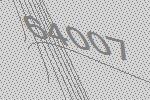
64007